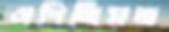
ওপিনিয়ন